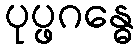
ပုပ္ဖဂန္ဓေ